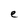
Character: e